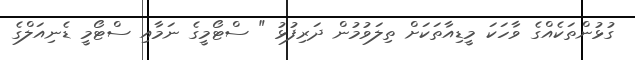
ގުޅުންތަކެއްގެ ވާހަކަ މީޑިއާތަކަށް ތިލަވުމުން ދަރިފުޅު " ސްޓޯމީގެ ނަމާއި ސްޓޯމީ ޑެނިއަލްގެ